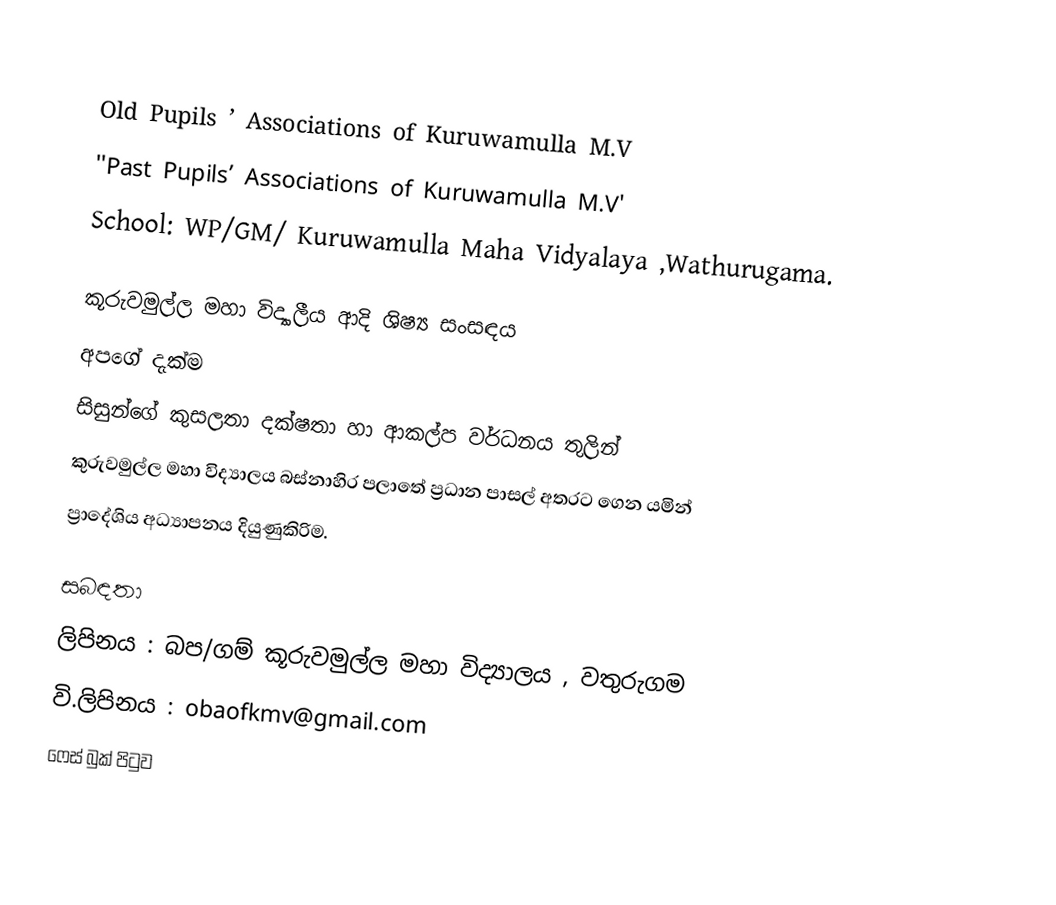

Old Pupils ’ Associations of Kuruwamulla M.V
''Past Pupils’ Associations of Kuruwamulla M.V'
School: WP/GM/ Kuruwamulla Maha Vidyalaya ,Wathurugama.

කූරුවමුල්ල මහා විද්‍යාලීය ආදි ශිෂ්‍ය සංසඳය
අපගේ දැක්ම
         සිසුන්ගේ  කුසලතා දක්ෂතා හා ආකල්ප වර්ධනය තුලින්
 කුරුවමුල්ල මහා විද්‍යාලය බස්නාහිර පලාතේ ප්‍රධාන පාසල් අතරට ගෙන යමින්
 ප්‍රාදේශිය අධ්‍යාපනය දියුණුකිරිම.

සබඳතා
 ලිපිනය : බප/ගම් කූරුවමුල්ල මහා විද්‍යාලය , වතුරුගම
 වි.ලිපිනය : obaofkmv@gmail.com
ෆෙස් බුක් පිටුව